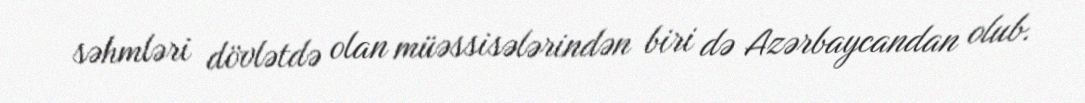
səhmləri dövlətdə olan müəssisələrindən biri də Azərbaycandan olub.